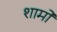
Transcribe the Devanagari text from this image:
शामो